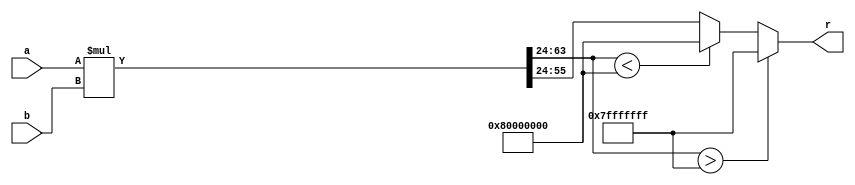
`timescale 1ns / 1ps
//////////////////////////////////////////////////////////////////////////////////
// Company: 
// Engineer: 
// 
// Design Name: 
// Module Name:    fixed 
// Project Name: 
// Target Devices: 
// Tool versions: 
// Description: 
//
// Dependencies: 
//
// Revision: 
// Revision 0.01 - File Created
// Additional Comments: 
//
//////////////////////////////////////////////////////////////////////////////////

module fixed_mul_comb(
	a,
	b,
	r
	 );
	 parameter D = 8;
	 parameter Q = 24;
	 
	 wire signed[D+Q-1:0] MAX = 32'sd2147483647;
	 wire signed[D+Q-1:0] MIN = -(32'sd2147483648);
	 
	 input signed[D+Q-1:0] a;
	 input signed[D+Q-1:0] b;
	 output signed[D+Q-1:0] r;
	 
	 wire signed[2*(D+Q)-1:0] tmp;
	 wire signed[2*D+Q-1:0] tmp2;
	 assign tmp = a*b;
	 assign tmp2 = tmp >> Q;
	 assign r = (tmp2 > MAX) ? MAX : ((tmp2 < MIN) ? MIN : tmp2); //3 slices, 4 DSP, 15ns pad2pad
endmodule


//LATENCY: 7
module fixed_mul(
	clk,
	rst,
	new_data,
	output_valid,
	
	a,
	b,
	r
	 );
	 parameter D = 8;
	 parameter Q = 24;
	 
	 wire signed[D+Q-1:0] MAX = 32'sd2147483647;
	 wire signed[D+Q-1:0] MIN = -(32'sd2147483648);
	 
	 input signed[D+Q-1:0] a;
	 input signed[D+Q-1:0] b;
	 output reg signed[D+Q-1:0] r;
	 
	 input clk;
	 input rst;
	 input new_data;
	 output reg output_valid;
	 
	 initial output_valid = 0;
	 
	 reg signed[D+Q-1:0] stage1_a;
	 reg signed[D+Q-1:0] stage1_b;
	 reg stage1_valid;
	 always @(posedge clk) begin
		if(rst) begin
			stage1_valid <= 0;
		end else begin
			stage1_valid <= new_data;
			stage1_a <= a;
			stage1_b <= b;
		end
	end
	 
	 wire signed[2*(D+Q)-1:0] stage1_tmp;
	 assign stage1_tmp = stage1_a*stage1_b;
	 
	 reg signed[2*(D+Q)-1:0] stage2a_tmp;
	 reg stage2a_valid;
	 
	 reg signed[2*(D+Q)-1:0] stage2b_tmp;
	 reg stage2b_valid;
	 
	 reg signed[2*(D+Q)-1:0] stage2c_tmp;
	 reg stage2c_valid;
	 
	 reg signed[2*(D+Q)-1:0] stage2d_tmp;
	 reg stage2d_valid;

	 reg signed[2*(D+Q)-1:0] stage2_tmp;
	 reg stage2_valid;
	 always @(posedge clk) begin
		if(rst) begin
			stage2_valid <= 0;
			stage2a_valid <= 0;
			stage2b_valid <= 0;
			stage2c_valid <= 0;
			stage2d_valid <= 0;
		end
		else begin
			stage2a_valid <= stage1_valid;
			stage2a_tmp <= stage1_tmp;
			
			stage2b_valid <= stage2a_valid;
			stage2b_tmp <= stage2a_tmp;
			
			stage2c_valid <= stage2b_valid;
			stage2c_tmp <= stage2b_tmp;
			
			stage2d_valid <= stage2c_valid;
			stage2d_tmp <= stage2c_tmp;
			
			stage2_valid <= stage2d_valid;
			stage2_tmp <= stage2d_tmp;
		end
	 end
	 
	 wire signed[2*D+Q-1:0] stage2_tmp2;
	 assign stage2_tmp2 = stage2_tmp >> Q;
	 
	 always @(posedge clk) begin
		if(rst) begin
			output_valid <= 0;
		end else begin
			r <= (stage2_tmp2 > MAX) ? MAX : ((stage2_tmp2 < MIN) ? MIN : stage2_tmp2);
			output_valid <= stage2_valid;
		end
	 end
endmodule

//LATENCY: 7
module fixed_mul_integer(
	clk,
	ce,
	rst,
	new_data,
	output_valid,
	
	a,
	b,
	r
	 );
	 parameter D = 8;
	 parameter Q = 24;
	 
	 wire signed[D+Q-1:0] MAX = 32'sd2147483647;
	 wire signed[D+Q-1:0] MIN = -(32'sd2147483648);
	 
	 input signed[D+Q-1:0] a;
	 input signed[10:0] b;
	 output reg signed[D+Q-1:0] r;
	 
	 input clk;
	 input ce;
	 input rst;
	 input new_data;
	 output reg output_valid;
	 
	 initial output_valid = 0;
	 
	 reg signed[D+Q-1:0] stage1_a;
	 reg signed[10:0] stage1_b;
	 reg stage1_valid;
	 always @(posedge clk) begin
		if(rst) begin
			stage1_valid <= 0;
		end else begin
			if(ce) begin
				stage1_valid <= new_data;
				stage1_a <= a;
				stage1_b <= b;
			end
		end
	end
	 
	 wire signed[D+Q+11-1:0] stage1_tmp;
	 assign stage1_tmp = stage1_a*stage1_b;
	 
	 reg signed[D+Q+11-1:0] stage2a_tmp;
	 reg stage2a_valid;
	 
	 reg signed[D+Q+11-1:0] stage2b_tmp;
	 reg stage2b_valid;
	 
	 reg signed[D+Q+11-1:0] stage2c_tmp;
	 reg stage2c_valid;
	 
	 reg signed[D+Q+11-1:0] stage2d_tmp;
	 reg stage2d_valid;

	 reg signed[D+Q+11-1:0] stage2_tmp;
	 reg stage2_valid;
	 always @(posedge clk) begin
		if(rst) begin
			stage2_valid <= 0;
			stage2a_valid <= 0;
			stage2b_valid <= 0;
			stage2c_valid <= 0;
			stage2d_valid <= 0;
		end
		else begin
			if(ce) begin
				stage2a_valid <= stage1_valid;
				stage2a_tmp <= stage1_tmp;
				
				stage2b_valid <= stage2a_valid;
				stage2b_tmp <= stage2a_tmp;
				
				stage2c_valid <= stage2b_valid;
				stage2c_tmp <= stage2b_tmp;
				
				stage2d_valid <= stage2c_valid;
				stage2d_tmp <= stage2c_tmp;
				
				stage2_valid <= stage2d_valid;
				stage2_tmp <= stage2d_tmp;
			end
		end
	 end
	 
	 wire signed[D+Q+11-1:0] stage2_tmp2;
	 assign stage2_tmp2 = stage2_tmp;
	 
	 always @(posedge clk) begin
		if(rst) begin
			output_valid <= 0;
		end else begin
			if(ce) begin
				r <= (stage2_tmp2 > MAX) ? MAX : ((stage2_tmp2 < MIN) ? MIN : stage2_tmp2);
				output_valid <= stage2_valid;
			end
		end
	 end
endmodule

module fixed_mul_integer_comb(
	a,
	b,
	r
	 );
	 parameter D = 8;
	 parameter Q = 24;
	 
	 wire signed[D+Q-1:0] MAX = 32'sd2147483647;
	 wire signed[D+Q-1:0] MIN = -(32'sd2147483648);
	 
	 input signed[D+Q-1:0] a;
	 input signed[10:0] b;
	 output signed[D+Q-1:0] r;
	 
	 wire signed[D+Q+11-1:0] tmp;
	 assign tmp = a*b;
	 assign r = (tmp > MAX) ? MAX : ((tmp < MIN) ? MIN : tmp);
endmodule

//LATENCY:2
module fixed_add(
	clk,
	rst,
	new_data,
	output_valid,
	a,
	b,
	r
	);
	parameter D = 8;
	parameter Q = 24;
	
	input clk;
	input rst;
	input new_data;
	output reg output_valid;
	
	input signed [D+Q-1:0] a;
	input signed [D+Q-1:0] b;
	output reg signed [D+Q-1:0] r;
	
	reg signed [D+Q-1:0] stage1_a;
	reg signed [D+Q-1:0] stage1_b;

	reg signed [D+Q:0] stage1_tmp;
	reg stage1_valid;
	
	initial output_valid = 0;
	
	always @(posedge clk) begin
		if(rst) begin
			stage1_valid <= 0;
		end else begin
			stage1_valid <= new_data;
			stage1_a <= a;
			stage1_b <= b;
		end
	end
	
	always @(stage1_a,stage1_b) begin
		stage1_tmp = {stage1_a[D+Q-1], stage1_a} + {stage1_b[D+Q-1], stage1_b};
	end
	
	always @(posedge clk) begin
		if(rst) begin
			output_valid <= 0;
		end else begin
			if(stage1_tmp[D+Q: D+Q-1] == 2'b10) begin //underflow
				r <= -1*(2**(Q+D-1));
			end else if(stage1_tmp[D+Q: D+Q-1] == 2'b01) begin //overflow
				r <= 2**(Q+D-1)-1;
			end else begin
				r <= stage1_tmp[(Q+D-1):0];
			end
			output_valid <= stage1_valid;
		end
	end
endmodule

//LATENCY:2
module fixed_add_ce(
	clk,
	ce,
	rst,
	new_data,
	output_valid,
	a,
	b,
	r
	);
	parameter D = 8;
	parameter Q = 24;
	
	input clk;
	input ce;
	input rst;
	input new_data;
	output reg output_valid;
	
	input signed [D+Q-1:0] a;
	input signed [D+Q-1:0] b;
	output reg signed [D+Q-1:0] r;
	
	reg signed [D+Q-1:0] stage1_a;
	reg signed [D+Q-1:0] stage1_b;

	reg signed [D+Q:0] stage1_tmp;
	reg stage1_valid;
	
	initial output_valid = 0;
	
	always @(posedge clk) begin
		if(rst) begin
			stage1_valid <= 0;
		end else begin
			if(ce) begin
				stage1_valid <= new_data;
				stage1_a <= a;
				stage1_b <= b;
			end
		end
	end
	
	always @(stage1_a,stage1_b) begin
		stage1_tmp = {stage1_a[D+Q-1], stage1_a} + {stage1_b[D+Q-1], stage1_b};
	end
	
	always @(posedge clk) begin
		if(rst) begin
			output_valid <= 0;
		end else begin
			if(ce) begin
				if(stage1_tmp[D+Q: D+Q-1] == 2'b10) begin //underflow
					r <= -1*(2**(Q+D-1));
				end else if(stage1_tmp[D+Q: D+Q-1] == 2'b01) begin //overflow
					r <= 2**(Q+D-1)-1;
				end else begin
					r <= stage1_tmp[(Q+D-1):0];
				end
				output_valid <= stage1_valid;
			end
		end
	end
endmodule


module fixed_add3(
	a,
	b,
	c,
	r
	);
	parameter D = 8;
	parameter Q = 24;
	wire signed[D+Q-1:0] MAX = 32'sd2147483647;
	wire signed[D+Q-1:0] MIN = -(32'sd2147483648);
	
	input signed[D+Q-1:0] a;
	input signed[D+Q-1:0] b;
	input signed[D+Q-1:0] c;
	output signed[D+Q-1:0] r;
	
	wire signed[D+Q+1:0] tmp;
	assign tmp = {a[D+Q-1], a[D+Q-1], a}+{b[D+Q-1], b[D+Q-1], b}+{c[D+Q-1], c[D+Q-1], c};
	assign r = (tmp > MAX) ? MAX : ((tmp < MIN) ? MIN : tmp);

endmodule

//LATENCY: 2
module fixed_sub(
	clk,
	rst,
	new_data,
	output_valid,
	
	a,
	b,
	r
	);
	parameter D = 8;
	parameter Q = 24;
	
	input clk;
	input rst;
	input new_data;
	output output_valid;
	
	input signed[D+Q-1:0] a;
	input signed[D+Q-1:0] b;
	output signed[D+Q-1:0] r;
	
	wire signed[D+Q-1:0] sign_inv;
	assign sign_inv = -1*b;
	
	fixed_add adder(
		.clk(clk),
		.rst(rst),
		.new_data(new_data),
		.output_valid(output_valid),
		.a(a),
		.b(sign_inv),
		.r(r)
	);
	
endmodule

module fixed_add_comb(
	a,
	b,
	r
	);
	parameter D = 8;
	parameter Q = 24;
	
	input signed [D+Q-1:0] a;
	input signed [D+Q-1:0] b;
	output reg signed [D+Q-1:0] r;
	
	reg signed [D+Q:0] tmp;
	reg overflow;
	reg underflow;
	
	always @(underflow, overflow, tmp, a, b, r) begin
		tmp = {a[D+Q-1], a} + {b[D+Q-1], b};
		overflow = tmp[D+Q: D+Q-1] == 2'b01;
		underflow = tmp[D+Q: D+Q-1] == 2'b10;
		
		if(underflow) begin
			r = -1*(2**(Q+D-1));
		end else if(overflow) begin
			r = 2**(Q+D-1)-1;
		end else begin
			r = tmp[(Q+D-1):0];
		end
	end
endmodule

module fixed_sub_comb(
	a,
	b,
	r
	);
	parameter D = 8;
	parameter Q = 24;
	
	input signed[D+Q-1:0] a;
	input signed[D+Q-1:0] b;
	output signed[D+Q-1:0] r;
	
	wire signed[D+Q-1:0] sign_inv;
	assign sign_inv = -1*b;
	
	fixed_add_comb adder(
		.a(a),
		.b(sign_inv),
		.r(r)
	);
	
endmodule


module fixed_Q8_24_to_Q16_16(
	a,
	r
	);
	
	input signed[31:0] a;
	output signed[31:0] r;
	
	assign r = $signed(a)>>>8;
	
endmodule